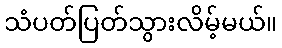
သံပတ်ပြတ်သွားလိမ့်မယ်။